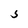
Character: S